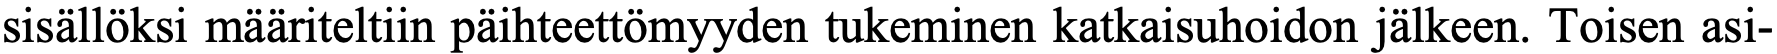
sisällöksi määriteltiin päihteettömyyden tukeminen katkaisuhoidon jälkeen. Toisen asi-